Cholera in India, 1862 to 1881
Year: 1862
Disease focus: Cholera
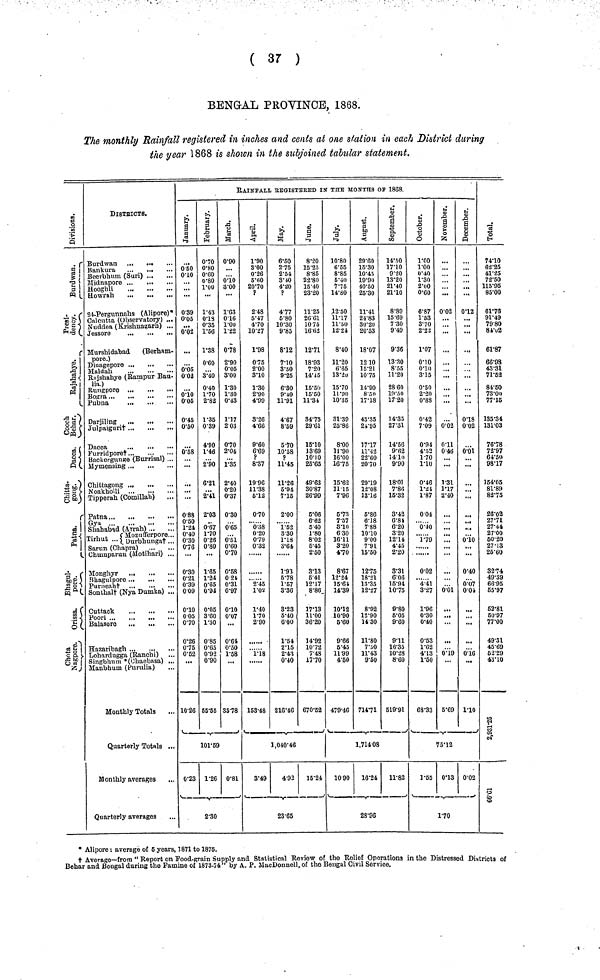
( 3r )
BENGAL PROVINCE, 1868.
The monthly Rainfall registered in inches and cents at one station in each District during
the year \ 868 is shown in the subjoined tabular statement.
RAINFALL REGISTERED IN ΤHE MONTHS OF 1808.
Burdwan.
Presidency
Rajshahye.
Cooch
Behar.
Chittagong.
Patna.
Bhagulpore.
Orissa.
Chota Nagpore.
DlSTRICTS.
Bankura
Beerbhum (Suri)
Howrah
24-Pergunnahs (Alipore)*
Calcutta (Observatory) ...
Nuddea (¿Kishnagarh) ...
Jessore
Murshidabad
(Berham-
pore.)
Maldah
Rajshahye (Rampur Bau-
lia.)
Pubna
Darjiling
...
·
Julpaiguri†
Furridpore†
Backergunge (Burrisal) ...
Tipperah (Comillab)
Gya
Shahabad (Arrah)
Mozufferpore..
Tirhut ...(Durbhunga†..
Sarun (Chapra)
Chumparuu (Motihari) ..
Monghyr
...
Bhagulpore ...
...
...
Purneah†
Sonthal† (Nya Dumka) ...
Cuttack
Poori
Balasore
Hazaribagh
Lohardugga (Ranchi)
Singbhum "(Chaebasa) ...
Manbhum (Purulia)
Monthly Totals
Quarterly Totals ...
Monthly averages
Quarterly averages
January
0 50
0·10
0·39
0·05
0·02
...
0·05
0·02
0·10
0·05
0·45
0·50
0·58
...
0·88
0·50
1·24
0·40
0·30
076
...
0·30
0·21
0·39
0·09
0·10
0·05
0·70
0·26
0·75
0·52
...
10·26
February
070
0·80
0·60
0·80
roo
1·43
0·18
0·35
1 ·56
1·38
0·60
3·40
0·40
1·70
2·82
1·35
0·39
4·90
1·46
2·90
6·21
2·41
2·03
0·67
1·70
0·26
0·80
...
1·65
1·24
0·65
0·94
0·05
3·60
1·30
0·85
0·65
0·92
0·90
55·55
March
0·90
0·10
3·00
1·63
0·16
1·00
1·22
0·78
2·90
0·05
3·00
1·30
1·30
0·43
1·17
203
0·70
2·04
1·35
2·40
0·20
0·37
0·30
0·65
0·51
0·60
0·70
0·58
024
0·31
0·97
0·10
0·07
...
0·64
0·50
1-58
..
35·78
101·59
0·23 1·26 0·81
-
2·30
April
1·90
3·00
0·26
5·60
2070
?
2·48
6·47
470
10·27
1·98
075
2·00
3·10
1·30
2·90
4·99
3·26
4·66
9·60
6·69
Ρ
8·37
19·96
11·38
5·12
0·70
0·38
0·20
0·79
0·32
2·45
1·02
1·40
170
2·90
1·18
153·48
May
6·50
275
2·04
3·40
4·20
Ρ
4·77
5·80
10·30
9·85
8·12
7·10
3·50
9·25
6·30
9·40
11·91
4·67
8·59
570
10·58
Ρ
11·45
1126
5·94
7·15
2·00
1·52
3·30
1·13
3·64
1·93
5·78
1·57
3·36
8·23
5·40
6·00
1·54
2·15
2·45
0·40
216·46
June
8·20
15·25
8·85
22·80
15·0
23·20
11·25
26·61
1075
16·62
12·71
18·93
7·20
14·45
15·50
15·50
11·34
8475
2961
15·10
13·69
10·10
25·65
49·63
30·87
26·99
5·06
6·62
5·40
1·80
8·02
5·45
2·50
3·13
5·41
12·17
8·86
17·13
11·00
36·20
14·92
10·72
7·48
17·70
670·52
1,040·46
3·49
4·93
15·24
23·65
July
10·80
6·55
8·85
5·40
7·75
14·80
.12·50
11·17
11·50
12·24
8·40
11·20
6·65
13·20
15·70
11·90
10·35
31·39
25·86
8·00
11·90
16·00
16·75
15·62
11·15
7·96
5·73
7·57
8·10
6·30
16·11
3·20
4·70
8·67
12·24
15·61
14·39
10·12
10·90
5·60
9·66
5·45
11·99
4·50
479·46
August
29·60
15·30
10·45
19·90
40·50
25·30
11·41
24·83
30·20
20·53
18·07
12 10
15·21
10·75
14·90
8·50
17·18
43·35
21·95
17·17
11·42
22·60
20·70
29·19
12·08
13·16
5·86
6·18
7·88
10·10
9·00
7·91
15·50
12·75
18·.21
13·35
12·27
8·92
12·90
14 30
11·80
7·50
11·43
9·50
714·71
September
14·50
17·10
9·20
13·20
21·40
21·10
8·89
15·69
7·30
9·49
9·36
13·30
8·55
11·20
28·60
19·50
17·20
·4-35
27·31
14·56
9·62
14·10
9·90
18·01
7·86
15·32
3·42
6·84
6·20
3·20
12·14
4·45
2·20
8·31
6·06
15·94
10·75
9·80
5·05
9·60
9·11
16·35
10·28
8·60
519·91
1,714 08
10·90
16·24
11·82
28·96
October
1·00
1·00
0·40
1·30
2·00
0·60
6·87
1·53
3·70
2·22
1·07
0·10
0·10
3·5
0·50
2·20
0·88
0·42
7·09
0·94
4·33
170
1·10
0·46
1·21
1·87
0 04
0·40
1·79
0·02
4·41
3·27
1·96
0·30
0·40
0·53
1·62
4·13
1·50
68·33
November
. . .
0·02
...
...
...
...
...
0·02
0·11
0·46
:::
1·31
1·17
2·40
...
...
0·01
. . .
...
0·19
5·69
December
...
...
0·12
. . .
...
. . .
...
0·18
0·02
0·01
. . .
...
.1.
0·10
0·40
0·07
0·04
!"
...
0·16
···
1·10
75·12
1·55 0·13 0·02
1·70
Total
74·10
62·25
41·25
72·50
115·95
85·00
61·78
91·49
79·80
81·02
61·87
66·98
43·81
71·52
84·50
73·00
77·15
135·34
131·03
76·78
72·97
61·50
98·17
154·05
81·89
82·75
26·02
27·71
27·44
27·00
50·20
27·13
25·60
32·74
49·39
66·95
55·97
62·81
50·97
77·00
49·31
45·69
52·29
43·10
2,931·25
66·01
• Alipore : average of 5 years, 1871 to 1875.
† Average—from " Report on Food-grain Supply and Statistical Review of the Relief Operations in the Distressed Districts of
Behar and Bengal during the Famine of 1873-74" by Δ. P. MacDonnell, of the Bengal Civil Service.